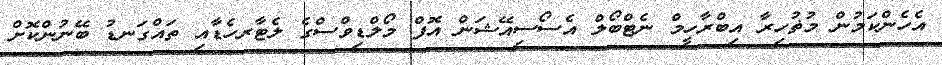
އެހެންކަމުން މުޡުހިރާ އިބްރާހީމް ނެޓްބޯލް އެސޯސިއޭޝަން އޮފް މޯލްޑިވްސްގެ ލެޓާރހެޑާއި ތައްގަނޑު ބޭނުންކޮށް